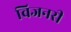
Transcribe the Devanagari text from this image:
विजनरी